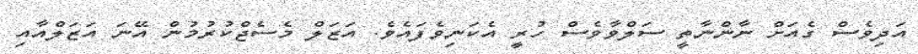
އަދިވެސް ގެއަށް ނާންނާތީ ސަލްވާވެސް ހުރީ އެކަނިވެފައެވެ. އަޒަލް މެސެޖްކުރުމުން އޭނަ އަޒަލްއާއި